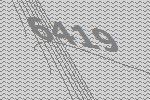
6419